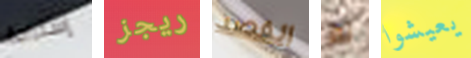
إستراحة ريجز القصد لم يعيشوا